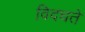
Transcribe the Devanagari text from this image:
विदधते